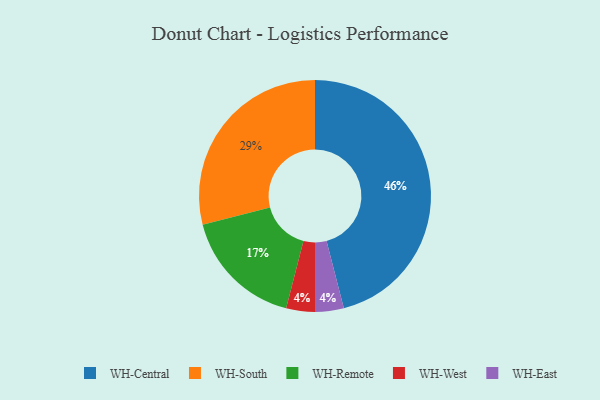
{"axis": {"x": "Category", "y": "Percentage"}, "legend": ["WH-Central", "WH-East", "WH-Remote", "WH-South", "WH-West"], "data": [{"x": "WH-South", "y": 29, "type": "WH-South"}, {"x": "WH-West", "y": 4, "type": "WH-West"}, {"x": "WH-Remote", "y": 17, "type": "WH-Remote"}, {"x": "WH-East", "y": 4, "type": "WH-East"}, {"x": "WH-Central", "y": 46, "type": "WH-Central"}]}